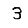
Digit: 3